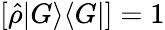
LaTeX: [\hat{\rho}|G\rangle\langle G|]=1